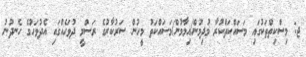
ޖ: މިސްކިތްތަކުގައި މަސައްކަތްކުރާ މުދިމުން/އިމާމުން/މަސައްކަތު މީހުން ސަރުކާރުގެ ރަސްމީ ދުވަހެއްގައި އެދުވަހުގެ ހެނދުނު